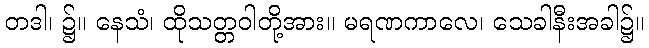
တဒါ၊ ၌။ နေသံ၊ ထိုသတ္တဝါတို့အား။ မရဏကာလေ၊ သေခါနီးအခါ၌။